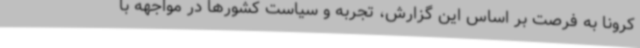
کرونا به فرصت بر اساس این گزارش، تجربه و سیاست کشورها در مواجهه با